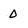
Character: 0